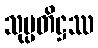
သုပ္ပတိဋ္ဌဿ